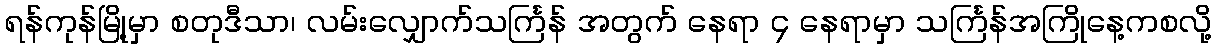
ရန်ကုန်မြို့မှာ စတုဒီသာ၊ လမ်းလျှောက်သင်္ကြန် အတွက် နေရာ ၄ နေရာမှာ သင်္ကြန်အကြိုနေ့ကစလို့